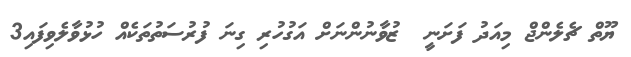
ޔޫތް ޗެލެންޖް މިއަދު ފަށަނީ  ޒުވާނުންނަށް އަގުހުރި ގިނަ ފުރުސަތުތަކެއް ހުޅުވާލެވިފައި3